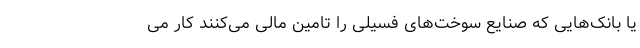
یا بانک‌هایی که صنایع سوخت‌های فسیلی را تامین مالی می‌کنند کار می